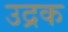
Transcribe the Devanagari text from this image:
उद्रक